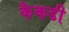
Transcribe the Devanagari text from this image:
कैकडी